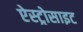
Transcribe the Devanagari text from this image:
ऐस्ट्रोसाइट